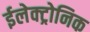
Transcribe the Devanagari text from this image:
ईलेक्ट्रोनिक